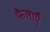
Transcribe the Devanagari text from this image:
फैलाएँ